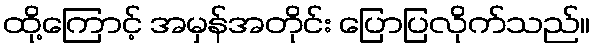
ထို့ကြောင့် အမှန်အတိုင်း ပြောပြလိုက်သည်။